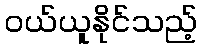
ဝယ်ယူနိုင်သည့်